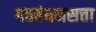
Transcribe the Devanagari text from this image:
गठबंधनसत्ता